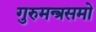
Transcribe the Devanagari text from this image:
गुरुमन्त्रसमो